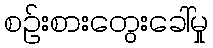
စဉ်းစားတွေးခေါ်မှု